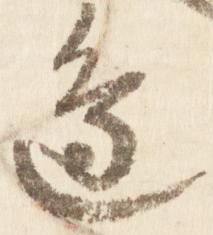
辺